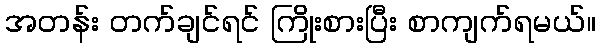
အတန်း တက်ချင်ရင် ကြိုးစားပြီး စာကျက်ရမယ်။